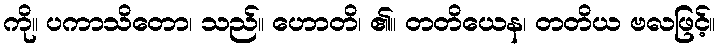
ကို။ ပကာသိတော၊ သည်။ ဟောတိ၊ ၏။ တတိယေန၊ တတိယ ဗလဖြင့်။